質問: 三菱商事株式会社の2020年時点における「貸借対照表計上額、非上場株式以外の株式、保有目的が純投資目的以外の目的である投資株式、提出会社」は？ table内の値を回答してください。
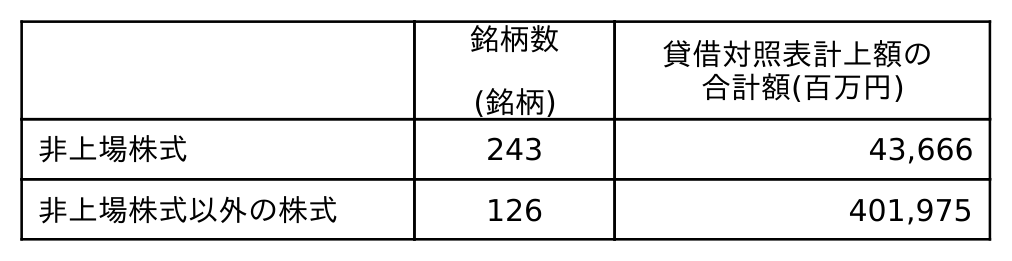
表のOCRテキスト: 銘柄数 (銘柄) 貸借対照表計上額の 合計額(百万円) 非上場株式 243 43,666 非上場株式以外の株式 126 401,975
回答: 401,975